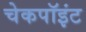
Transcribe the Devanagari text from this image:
चेकपॉइंट